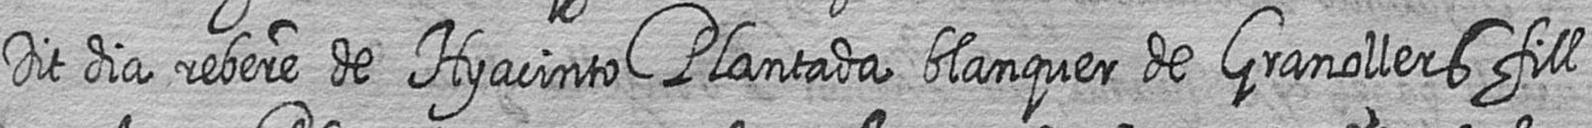
Dit dia rebere de Hyacinto Plantada blanquer de Granollers fill